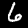
Digit: 6